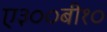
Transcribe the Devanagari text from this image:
ए३००बी१०